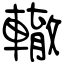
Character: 轍